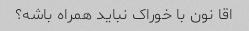
اقا نون با خوراک نباید همراه باشه؟